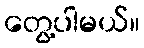
တွေ့ပါမယ်။